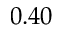
0 . 4 0